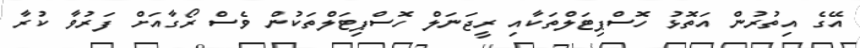
އޭގެ އިތުރުން އަތޮޅު ހޮސްޕިޓަލްތަކާއި ރީޖަނަލް ހޮސްޕިޓަލްތަކުން ވެސް ރޯގާއަށް ފަރުވާ ކުރާ